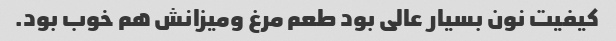
کیفیت نون بسیار عالی بود طعم مرغ ومیزانش هم خوب بود.